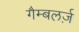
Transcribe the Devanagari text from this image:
गैम्बलर्ज़